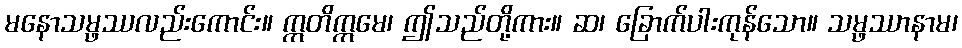
မနောသမ္ဖဿလည်းကောင်း။ ဣတိဣမေ၊ ဤသည်တို့ကား။ ဆ၊ ခြောက်ပါးကုန်သော။ သမ္ဖဿာနာမ၊